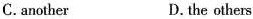
C.another D.the others